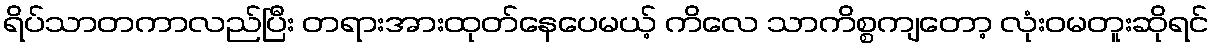
ရိပ်သာတကာလည်ပြီး တရားအားထုတ်နေပေမယ့် ကိလေ သာကိစ္စကျတော့ လုံးဝမတူးဆိုရင်